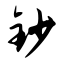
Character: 钞